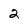
Character: 2